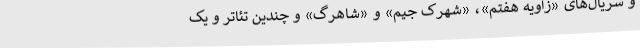
و سریال‌های «زاویه هفتم»، «شهرک جیم» و «شاهرگ» و چندین تئاتر و یک